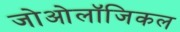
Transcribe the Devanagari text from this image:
जोओलॉजिकल